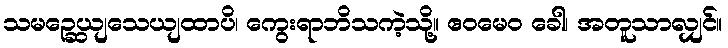
သမဉ္ဆေယျသေယျထာပိ၊ ကွေးရာဘိသကဲ့သို့။ ဧဝမေဝ ခေါ၊ အတူသာလျှင်။